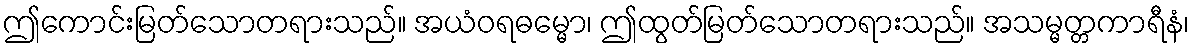
ဤကောင်းမြတ်သောတရားသည်။ အယံဝရဓမ္မော၊ ဤထွတ်မြတ်သောတရားသည်။ အသမ္မတ္တကာရီနံ၊